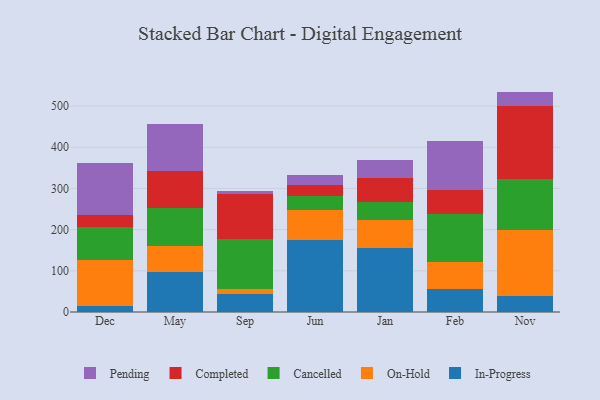
{"axis": {"x": "Month", "y": "Active Users"}, "legend": ["Cancelled", "Completed", "In-Progress", "On-Hold", "Pending"], "data": [{"x": "Dec", "y": 14.3, "type": "In-Progress"}, {"x": "Dec", "y": 112.5, "type": "On-Hold"}, {"x": "Dec", "y": 80.5, "type": "Cancelled"}, {"x": "Dec", "y": 29.4, "type": "Completed"}, {"x": "Dec", "y": 124.4, "type": "Pending"}, {"x": "May", "y": 97.2, "type": "In-Progress"}, {"x": "May", "y": 62.5, "type": "On-Hold"}, {"x": "May", "y": 93.6, "type": "Cancelled"}, {"x": "May", "y": 90.3, "type": "Completed"}, {"x": "May", "y": 111.8, "type": "Pending"}, {"x": "Sep", "y": 44.9, "type": "In-Progress"}, {"x": "Sep", "y": 11.7, "type": "On-Hold"}, {"x": "Sep", "y": 121.8, "type": "Cancelled"}, {"x": "Sep", "y": 108.0, "type": "Completed"}, {"x": "Sep", "y": 8.3, "type": "Pending"}, {"x": "Jun", "y": 175.6, "type": "In-Progress"}, {"x": "Jun", "y": 71.7, "type": "On-Hold"}, {"x": "Jun", "y": 34.4, "type": "Cancelled"}, {"x": "Jun", "y": 27.1, "type": "Completed"}, {"x": "Jun", "y": 22.9, "type": "Pending"}, {"x": "Jan", "y": 156.2, "type": "In-Progress"}, {"x": "Jan", "y": 68.0, "type": "On-Hold"}, {"x": "Jan", "y": 43.4, "type": "Cancelled"}, {"x": "Jan", "y": 58.3, "type": "Completed"}, {"x": "Jan", "y": 42.5, "type": "Pending"}, {"x": "Feb", "y": 55.4, "type": "In-Progress"}, {"x": "Feb", "y": 65.5, "type": "On-Hold"}, {"x": "Feb", "y": 116.2, "type": "Cancelled"}, {"x": "Feb", "y": 59.0, "type": "Completed"}, {"x": "Feb", "y": 118.3, "type": "Pending"}, {"x": "Nov", "y": 37.8, "type": "In-Progress"}, {"x": "Nov", "y": 161.4, "type": "On-Hold"}, {"x": "Nov", "y": 123.1, "type": "Cancelled"}, {"x": "Nov", "y": 177.9, "type": "Completed"}, {"x": "Nov", "y": 35.0, "type": "Pending"}]}